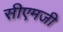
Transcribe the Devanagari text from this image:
सीएमजी